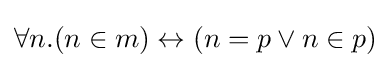
\forall n.(n\in m)\leftrightarrow (n=p\lor n\in p)